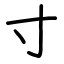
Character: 寸